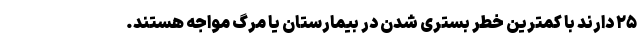
۲۵ دارند با کمترین خطر بستری شدن در بیمارستان یا مرگ مواجه هستند.